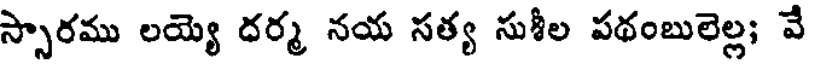
స్సారము లయ్యె దర్మ నయ సత్య సుశీల పథంబులెల్ల; వే